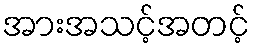
အားအသင့်အတင့်